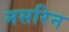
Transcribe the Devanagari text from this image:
नसरिन